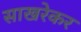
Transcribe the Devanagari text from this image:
साखरेकर